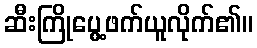
ဆီးကြိုပွေ့ဖက်ယူလိုက်၏။